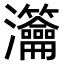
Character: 𤅰